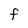
Character: F